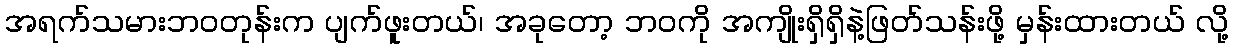
အရက်သမားဘဝတုန်းက ပျက်ဖူးတယ်၊ အခုတော့ ဘ၀ကို အကျိုးရှိရှိနဲ့ဖြတ်သန်းဖို့ မှန်းထားတယ် လို့